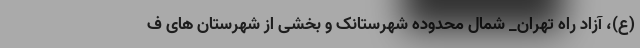
(ع)، آزاد راه تهران_ شمال محدوده شهرستانک و بخشی از شهرستان های ف